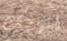
اتهامك